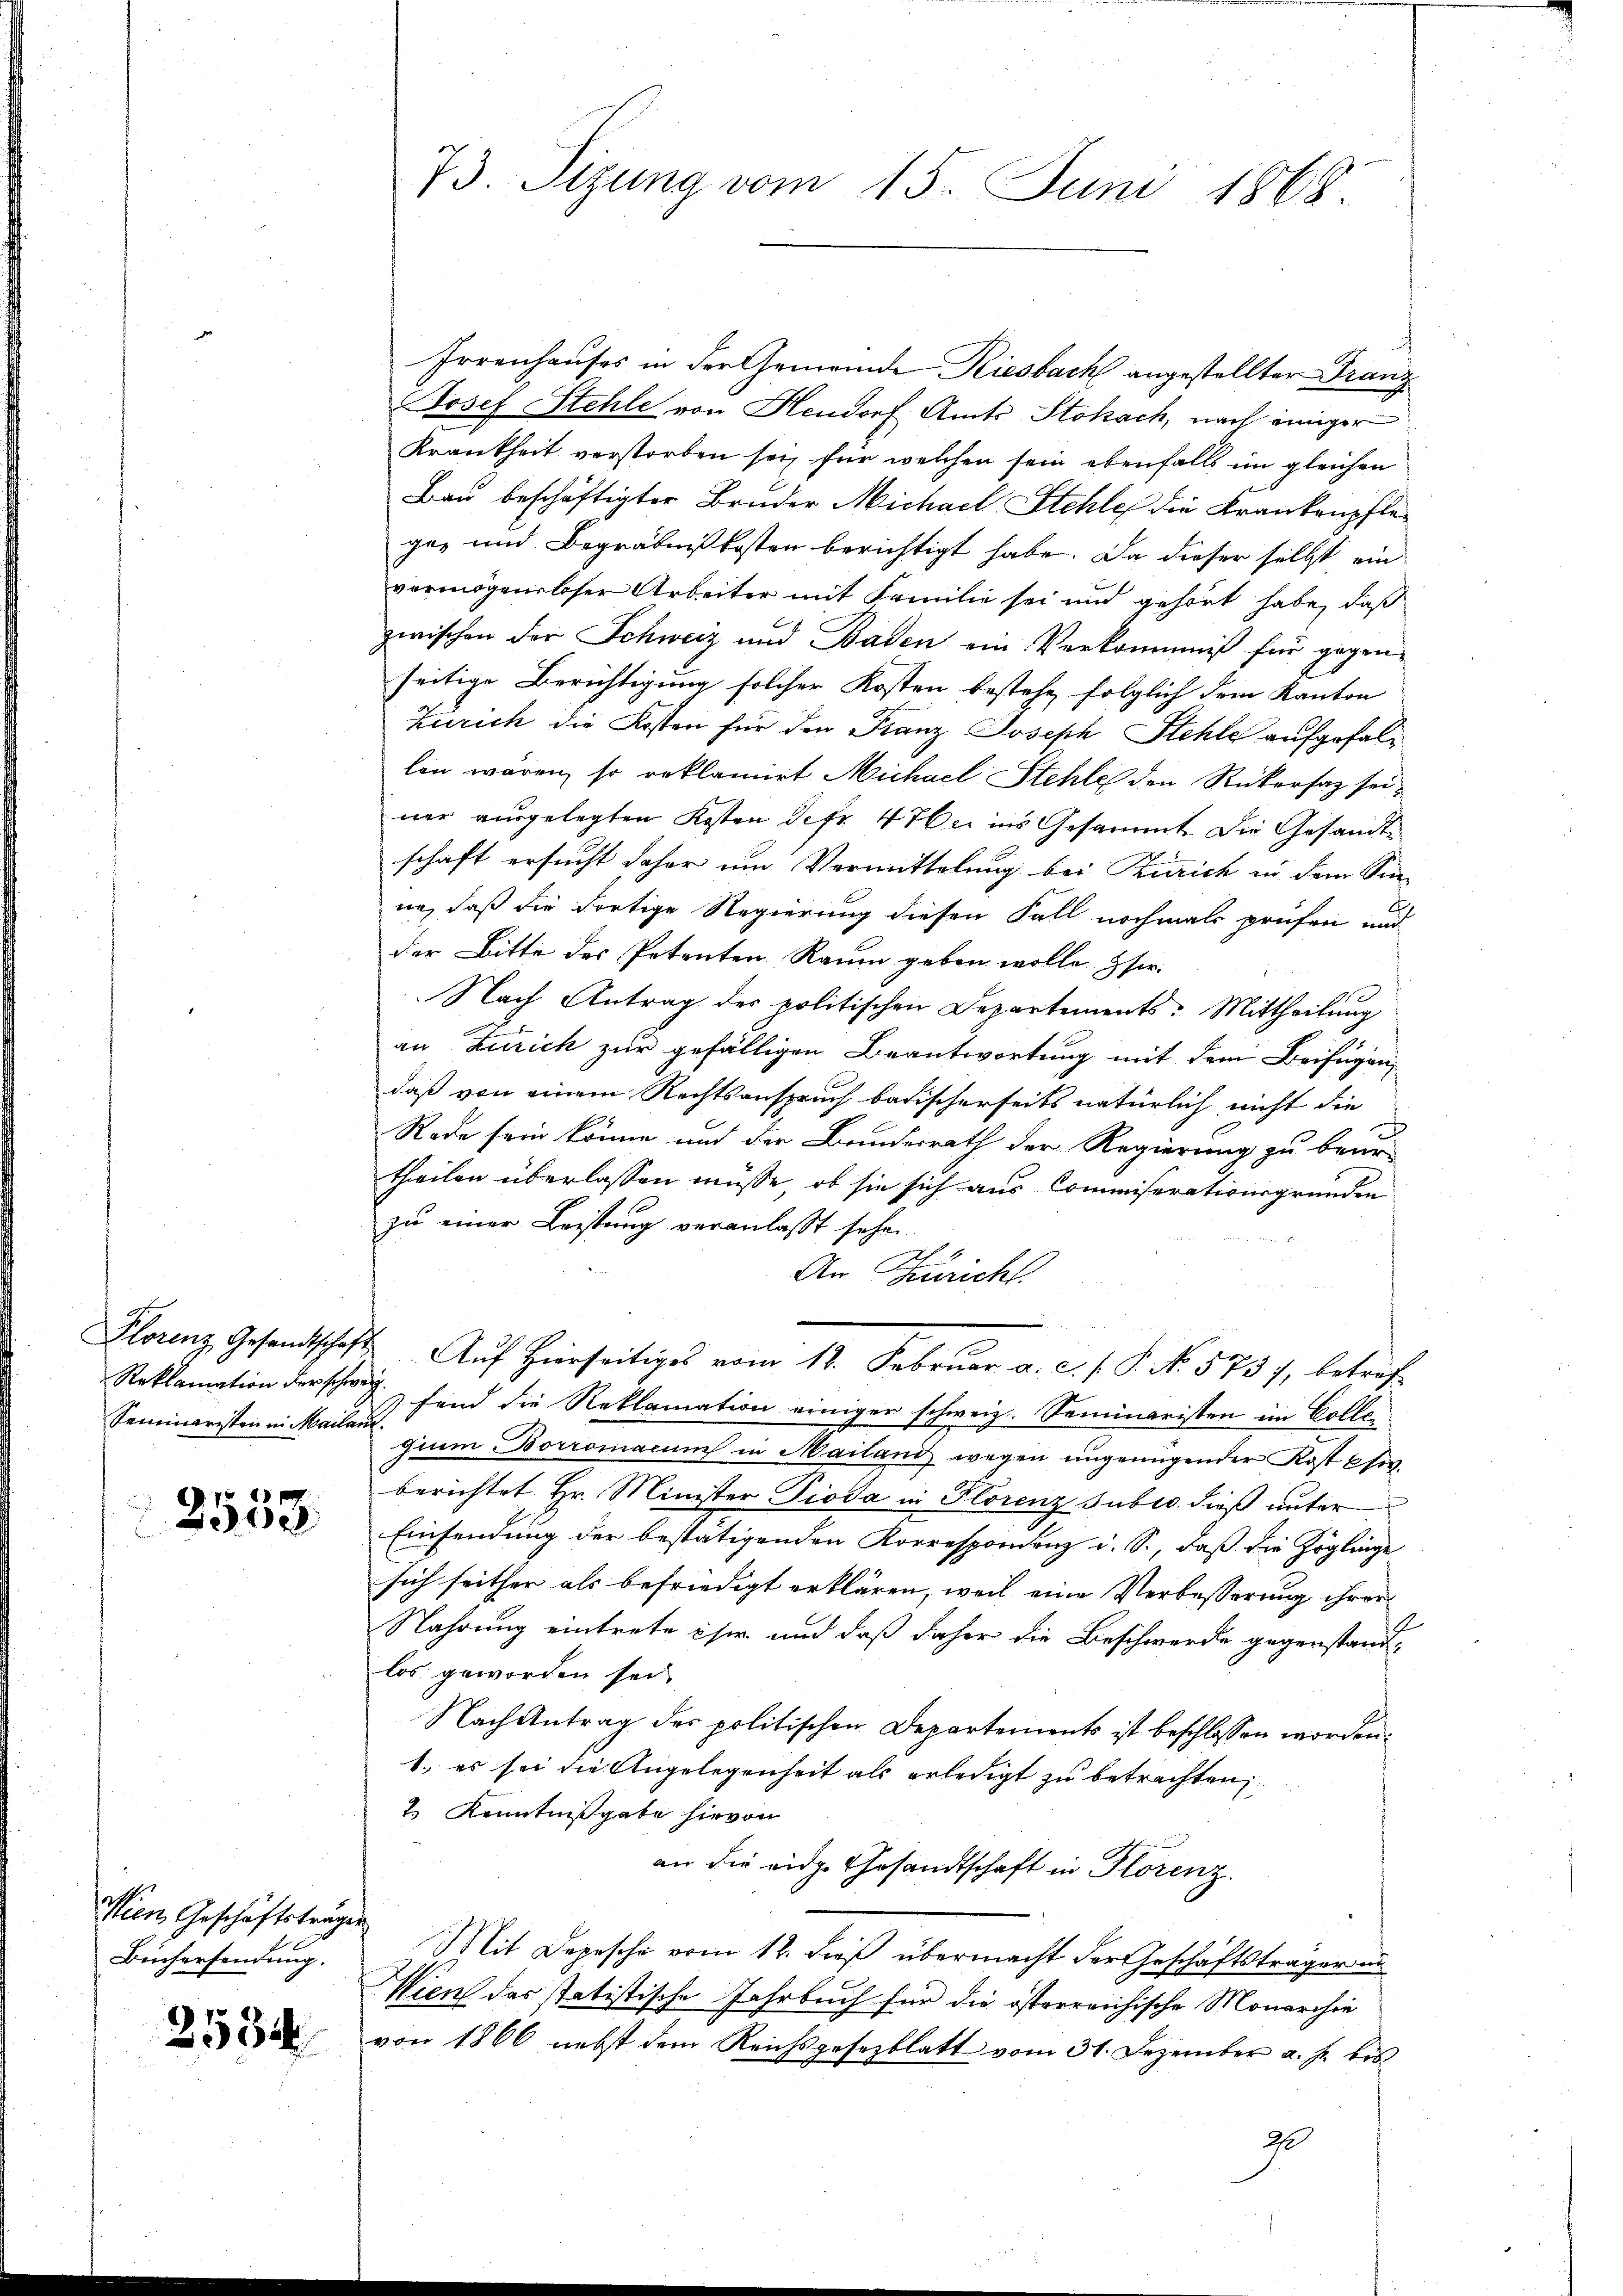
Seminaristen in Mailanz.

2538

Wien Geschäftsträgen
Büchersendung.

2534

Irrenhauses in der Gemeinde Kiesbach angestellter Franz
Josef Stehle von Hendorf Amts Stokach, nach einiger
Krankheit verstorben sei, für welchen sein ebenfalls im gleichen
Bau beschäftigter Bruder Michael Stehle die Krankenpflegen und Begräbnißkosten berichtigt habe. Da dieser selbst ein
vermögensloser Arbeiter mit Familie sei und gehört habe, daß
zwischen der Schweiz und Baden ein Verkommniß für gegenseitige Berichtigung solcher Kosten bestehe, folglich dem Kanton
Zürich die Kosten für den Franz Joseph Stehle aufgefallen wären, so reklamirt Michael Stehle den Rükersag seiner ausgelegten Kosten defr. 4 der ins Gesammt. Die Gesandte
schaft ersucht daher um Vermittelung bei Zürich in dem Sin-
ne, daß die dortige Regierung diesen Fall nochmals prüfen und
der Bitte des Petenten Raum geben wolle ser
Nach Antrag der politischen Departements: Mittheilŭng
2
an Zürich zur gefälligen Beantwortung mit dem Beifügung
daß von einem Rechtsanspruch badischerseits natürlich nicht die
Rode sein könne und der Bundesrath der Regierung zu beur-
theilen überlassen müsse, ob sie sich aus Commiserationsgründen
zu einer Leistung veranlaßt sehen
An Züricht.
Florenz Gesandtschaft Aŭf Hierseitiges vom 18. Febrŭar a. c. s. S. No. 573), betref¬
Reklamation der schon fand die Reklamation einiger schweiz. Seminaristen im Collegium Borromacum in Mailand wegen ungenügender Kost priv
berichtet Hr. Minister Pioda in Florenz subro. dieß unter
Einsendung der bestätigenden Korrespondenz u. S., daß die Zöglinge
sich seither als befriedigt erklären, weil eine Verbesserung ihrer
Nahrung eintrete ihm und daß daher die Beschwerde gegenstand
los geworden sei
Nach Antrag des politischen Departements ist beschlossen worden.
1., es sei die Angelegenheit als erledigt zu betrachten,
2.) Kenntnißgabe hievon
an die eidge Gesandtschaft in Florenz
Mit Depesche vom 12. dieß übermacht der Geschäftsträger in
Wien das statistische Jahrbuch für die österreichische Monarchie
von 1866 nebst dem Reichsgesezblatt vom 31. Dezember a. p. bis
2

73. Sizung vom 15. Juni 1868.